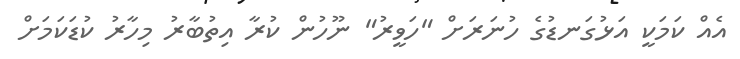
އެއް ކަމަކީ އަޅުގަނޑުގެ ހުނަރަށް "ހަވީރު" ނޫހުން ކުރާ އިތުބާރު މިހާރު ކުޑަކަމަށް